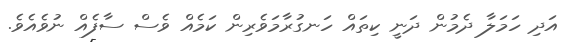
އަދި ހަމަލާ ދެމުން ދަނީ ކިތައް ހަނގުރާމަވެރިން ކަމެއް ވެސް ސާފެއް ނުވެއެވެ.